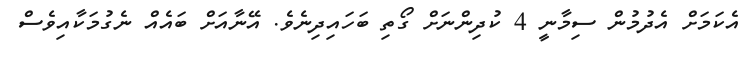
އެކަމަށް އެދުމުން ސިމާނީ 4 ކުދިންނަށް ގޯތި ބަހައިދިނެވެ. އޭނާއަށް ބައެއް ނެގުމަކާއިވެސް